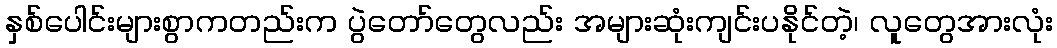
နှစ်ပေါင်းများစွာကတည်းက ပွဲတော်တွေလည်း အများဆုံးကျင်းပနိုင်တဲ့၊ လူတွေအားလုံး